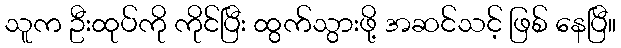
သူက ဦးထုပ်ကို ကိုင်ပြီး ထွက်သွားဖို့ အဆင်သင့် ဖြစ် နေပြီ။